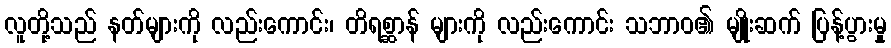
လူတို့သည် နတ်များကို လည်းကောင်း၊ တိရစ္ဆာန် များကို လည်းကောင်း သဘာဝ၏ မျိုးဆက် ပြန့်ပွားမှု